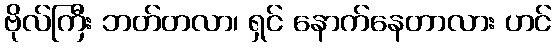
ဗိုလ်ကြီး ဘတ်တလာ၊ ရှင် နောက်နေတာလား ဟင်